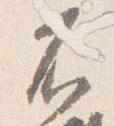
不